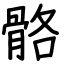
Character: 骼